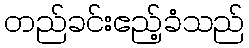
တည်ခင်းဧည့်ခံသည်